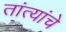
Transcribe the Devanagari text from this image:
तांत्यांचे